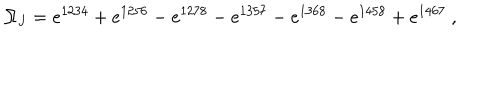
\Omega _ { J } = e ^ { 1 2 3 4 } + e ^ { 1 2 5 6 } - e ^ { 1 2 7 8 } - e ^ { 1 3 5 7 } - e ^ { 1 3 6 8 } - e ^ { 1 4 5 8 } + e ^ { 1 4 6 7 } ~ ,